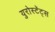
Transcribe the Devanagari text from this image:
युरोस्टॅट्स